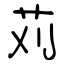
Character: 苅